Annual report on the working of the mental hospitals in the Madras Presidency - 1912-1932
Year: 1912
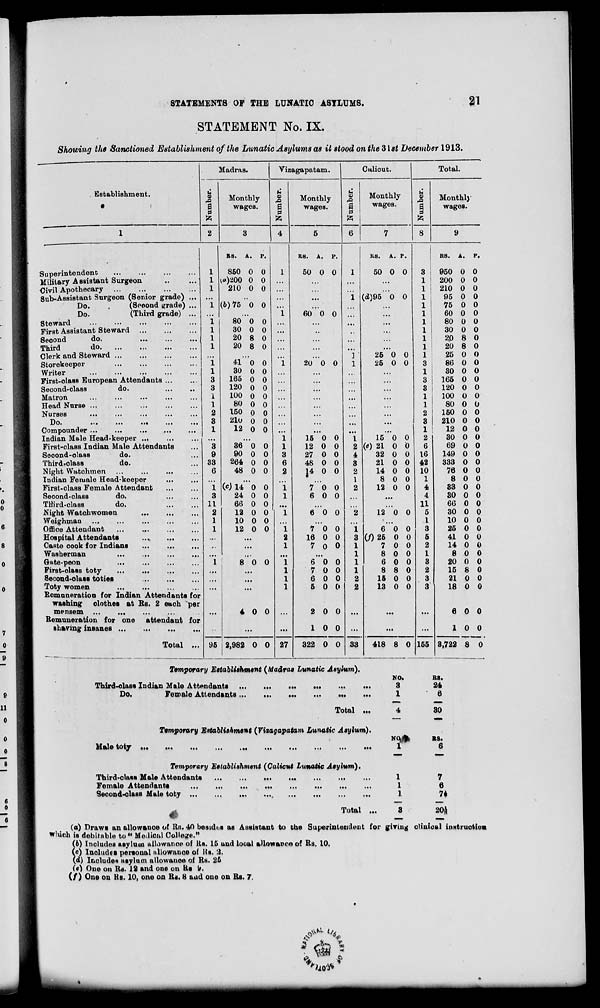
STATEMENTS OF THE LUNATIC ASYLUMS.
£1
STATEMENT No. IX.
Shouting the Sanctioned Establishment of the Lunatic Asylums as it stood on the 3\st December 1913.
Establishment.
Madras.
u
.a
B
to
Monthly-
wages.
Vizagapatam.
<x>
B
P
to
Monthly
wages.
Calicut.
u
Q
3
P
Monthly-
wages.
Total.
a
to
Monthly
wages.
Superintendent
...
Military A Bsistant Surgeon
Civil Apothecary
Sub-Assistant Surgeon (Senior grade) .,
Do.
(Sooond grade) .,
Do.
(Third grade) ..
Steward
First Assistant Steward
Second
do.
Third
do
Clerk and Steward
Storekeeper
Writer
First-olass European Attendants ...
Second-class
do.
Matron
Head Nurse ...
Nurses
Do.
...
...
...
...
•
Compounder ...
Indian Male Head-keeper ...
First-class Indian Male Attendants
Second-o'.ass
do.
Third-olass
do.
Night Watchmen
Indian Female Head-keeper
First-olass Female Attendant
Second-class
do.
THird-class
do.
Night Watchwomen
Weighman
Office Attendant
Hospital Attendants
Caste oook for Indians
Washerman
Gate-peon
First-olass toty
Second-class to ties
Toty women
Remuneration for Indian Attendants for
washing olothes at Rs. 2 each per
mensem
Remuneration for one attendant for
sharing insanes
Total ...
1
1
1
1
1
1
3
3
1
1
2
3
1
3
9
33
6
i
3
11
2
1
1
RS.
P.
850 0 0
(«)200 0 0
210 0 0
(6)75 0 0
80 0 0
30 0 0
20 8 0
20 8 0
41 "o 0
30 0 0
165 0 0
120 0 0
100 0 0
80 0 0
150 0 0
21u 0 0
12 0 0
36 0 0
90 0 0
264 0 0
48 0 0
(c) 14 0 0
24 0 0
66 0 0
12 0 0
10 0 0
12 0 0
8 0 0
RS. A. P.
50 0 0
60 0 0
95
4 0 0
2,982 0 0
20 0 0
15 0 0
12 0 0
27 0 0
48 0 0
0 0
27
I 4
7 0 0
6 0 0
6 0 0
7 0 0
16 0 0
7 0 0
6 0 0
7 0 0
6 0 0
5 0 0
2 0 0
10 0
322 0 0
KS.
A. P.
50 0 0
(d)95 0 0
25 0 0
25 0 0
1
2
4
3
2
1
2
15 0 0
(e) 21 0 0
32 0 0
21 0 0
14 0 0
8 0 0
12 0 0
12 0 0
60 0
(/) 25 0 0
33
7
8
6
0 0
0 0
0 0
8 8 0
15 0 0
13 0 0
418 8 0
Temporary Establishment {Madras Lunatic Asylum).
3
1
1
1
1
1
1
1
1
1
1
3
1
3
3
1
1
2
3
1
2
6
16
42
10
1
4
4
11
5
1
3
5
2
1
8
2
3
3
155
RS.
950
200
210
95
75
60
80
30
20
20
25
86
30
165
120
100
80
150
210
12
30
69
149
333
76
8
33
30
66
30
10
25
41
14
8
20
15
21
18
i. P.
0 0
0 0
0 0
0 0
0 0
0 0
0 0
0 0
8 0
8 0
0 0
0 0
0 0
0 0
0 0
0 0
0 0
0 0
0 0
0 0
0 0
0 0
0 0
0 0
0 0
0 0
0 0
0 0
0
0
0
0
Third-class Indian Male Attendants
Do.
Female Attendants ...
NO.
BS.
...
3
24
...
1
6
Total ...
Temporary Establishment {Vizagapatam Lunatic Asylum).
Male toty
NJ#
30
RS.
6
0
0
0
0
0 0
0 0
0 0
0 0
8 0
0 0
0 0
6 0 0
10 0
8,722 8 0
Temporary Establishment {Calicut Lunatic Asylum).
Third-class Male Attendants
Female Attendants
...
Second-class Male toty
M.
Total
1
1
1
7
6
7f
(a) Draws an allowanoe of Rn. 40 besides as Assistant to Che Superintendent for giving clinical instruction,
w^ueh is debirnble to " Me.lioal College."
(6) Includes asylum allowance of its. 15 und local allowance of Rs. 10.
(«0 Includes personal allowance of Its. '.I.
(d) Includes asylum allowanoe oi Rs. 25
(e) One on Rs. 12 and one on Us 'J.
(/) One on Hs. 10, one on 1U. 8 and one on Rs. 7.